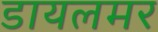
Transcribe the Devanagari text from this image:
डायलमर